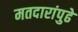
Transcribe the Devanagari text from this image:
मतदारांपुढे